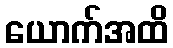
ယောက်အထိ